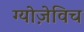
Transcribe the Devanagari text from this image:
ग्योज़ेविच